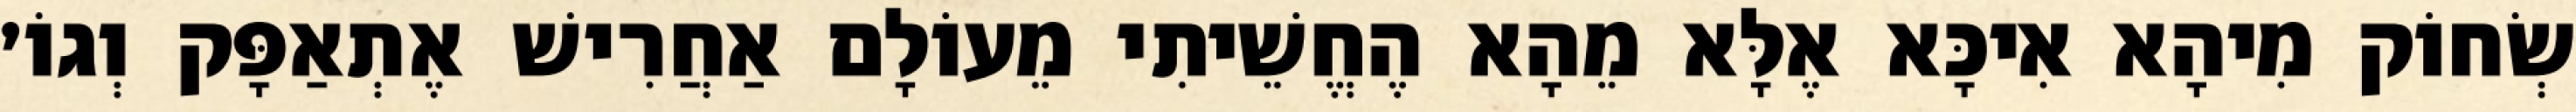
שְׂחוֹק מִיהָא אִיכָּא אֶלָּא מֵהָא הֶחֱשֵׁיתִי מֵעוֹלָם אַחֲרִישׁ אֶתְאַפָּק וְגוֹ׳